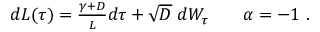
\begin{array} { r } { d L ( \tau ) = \frac { \gamma + D } { L } d \tau + \sqrt { D } \; d W _ { \tau } \qquad \alpha = - 1 \ . } \end{array}